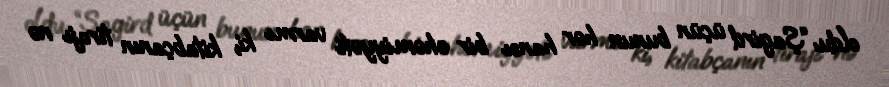
oldu: “Şagird üçün bunun hər hansı bir əhəmiyyəti varmı ki, kitabçanın tirajı nə